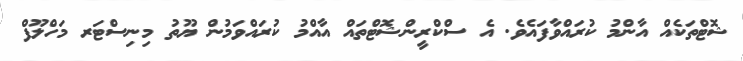
ޝޮޓްތަކެއް އާންމު ކުރައްވާފައެވެ. އެ ސްކްރީންޝޮޓްތައް އާއްމު ކުރައްވަމުން ޔޫތު މިނިސްޓަރ މަހްލޫފް